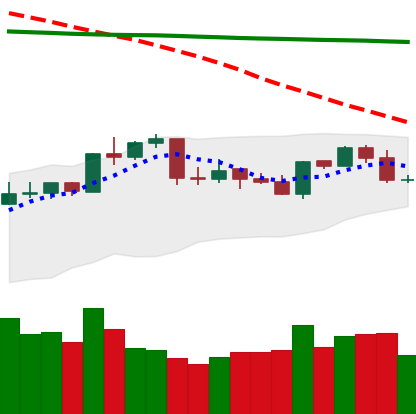
Ticker: NEO-USD
Chart end date: 2020-04-21
Forward return: 18.595%
Label: up_7plus